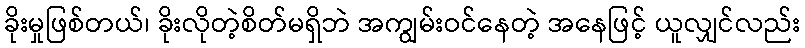
ခိုးမှုဖြစ်တယ်၊ ခိုးလိုတဲ့စိတ်မရှိဘဲ အကျွမ်းဝင်နေတဲ့ အနေဖြင့် ယူလျှင်လည်း